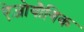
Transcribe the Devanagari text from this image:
ऐज़ोयौगिक